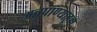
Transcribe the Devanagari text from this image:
अन्नपाण्याहून